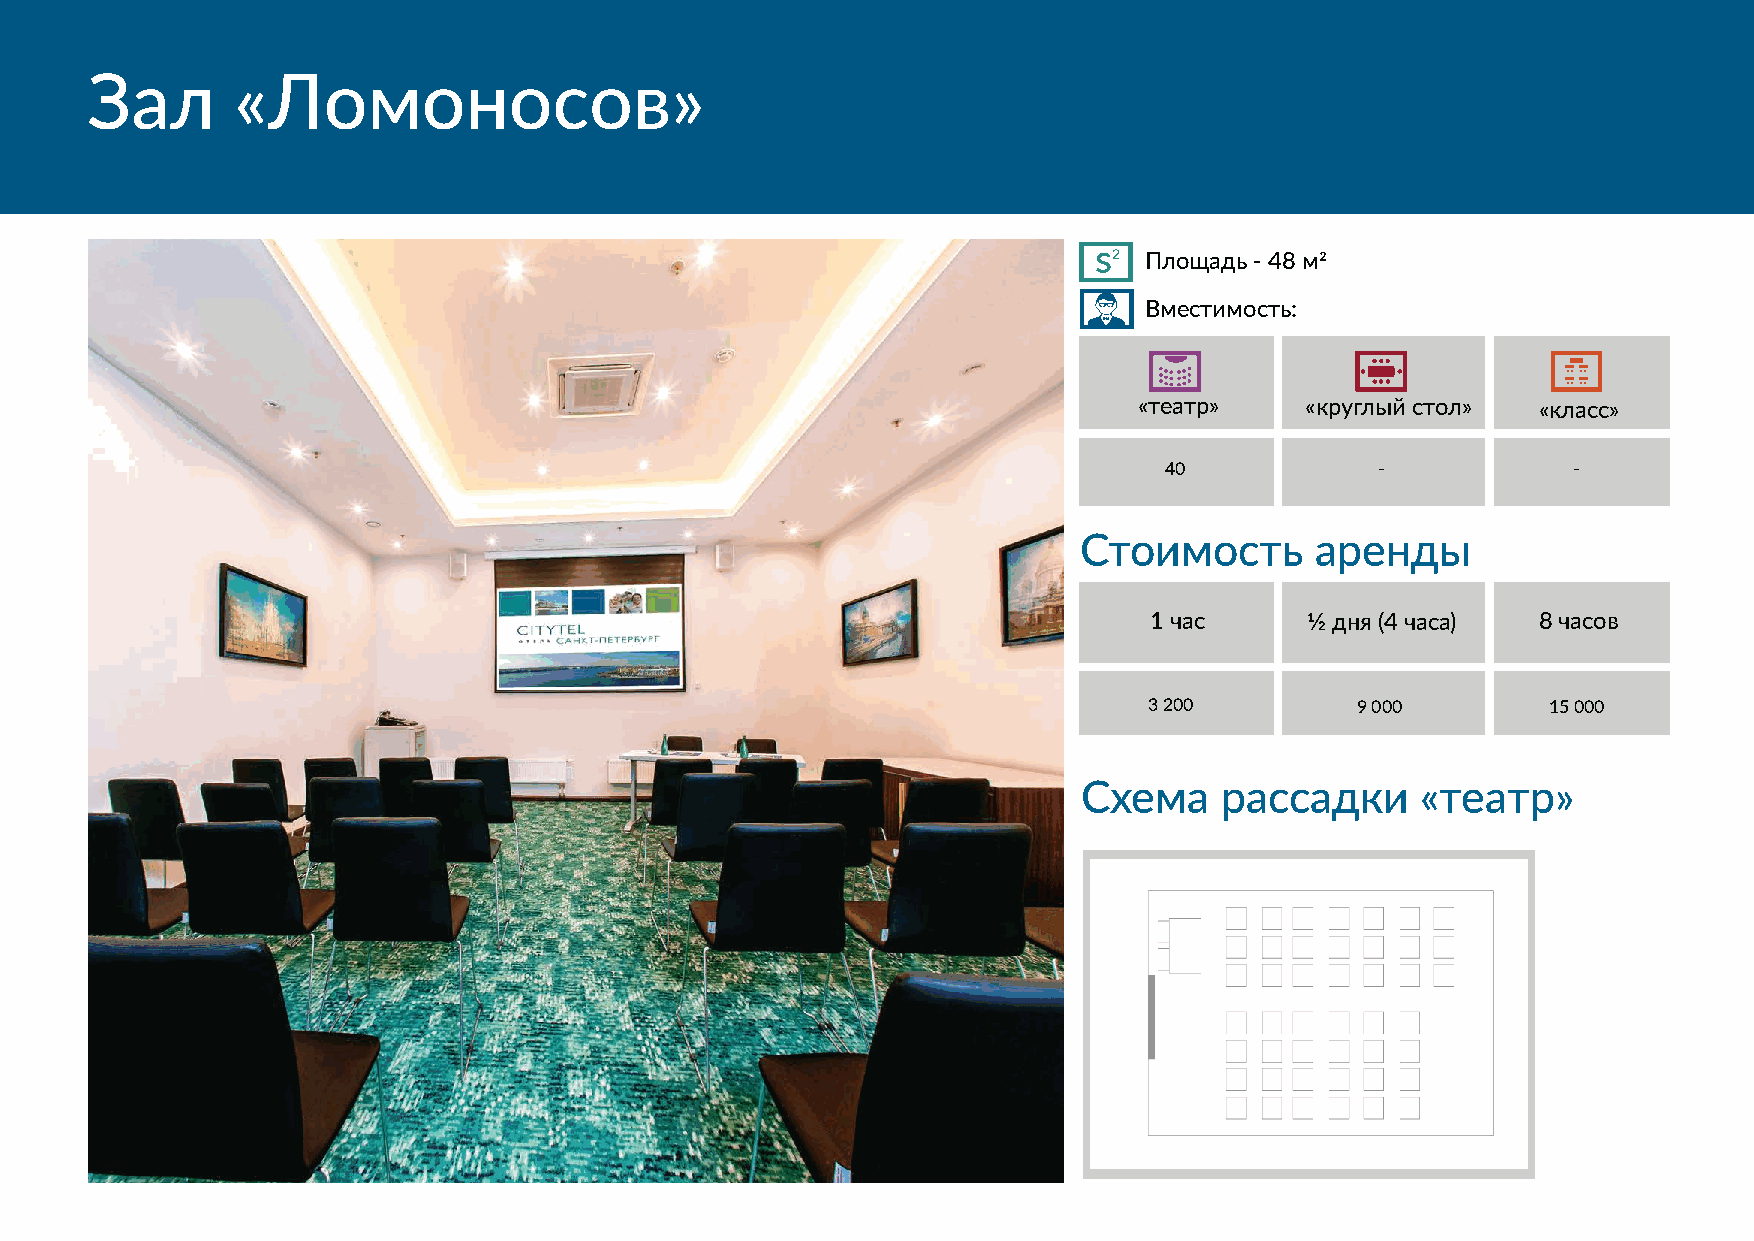
Зал       «Ломоносов»
 s2
 Площадь - 48 м2
 Вместимость:
 «театр»    «круглый стол»  «класс»
 40            -            -
 Стоимость      аренды
 1 час      1⁄2 дня (4 часа) 8 часов
 3 200         9 000        15 000
 Схема    рассадки     «театр»